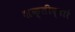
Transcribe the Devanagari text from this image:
शक्तीद्वारे